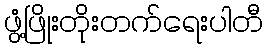
ဖွံ့ဖြိုးတိုးတက်ရေးပါတီ